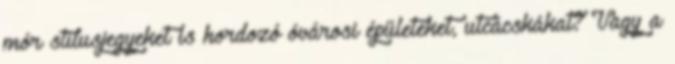
mór stílusjegyeket is hordozó óvárosi épületeket, utcácskákat? Vagy a